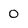
Character: 0